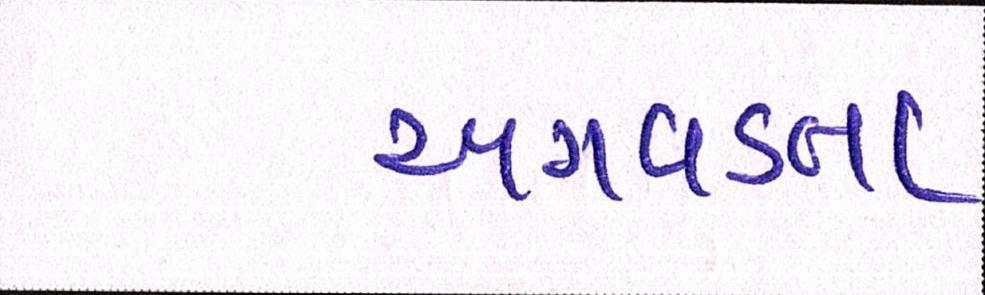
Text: અગવડતા